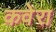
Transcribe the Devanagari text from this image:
कवेरा